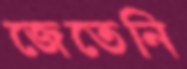
জেতেনি